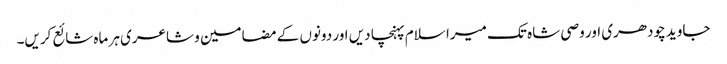
جاوید چودھری اور وصی شاہ تک میرا سلام پہنچا دیں اور دونوں کے مضامین و شاعری ہر ماہ شائع کریں۔